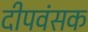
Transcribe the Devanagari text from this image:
दीपवंसक